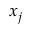
x _ { j }